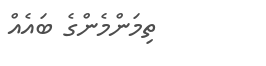
ތިމަންމެންގެ ބައެއް